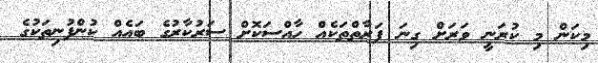
މިކަން މި ކުރަނީ ވަރަށް ގިނަ ފަރާތްތަކެއް ހާއްސަކޮށް ސަރުކާރުގެ ބައެއް ކުންފުނިތަކުގެ